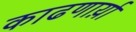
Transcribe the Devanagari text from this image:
काढणार्य़ा